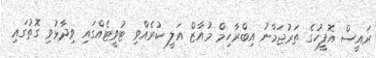
ރައީސް އޮފީހުގެ ތަރުޖަމާނު އިބްރާހިމް މުއާޒް އަލީ ކުރެއްވި ޓުވީޓެއްގައި ވިދާޅުވި ގޮތުގައި